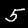
Digit: 5